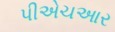
પીએચઆર